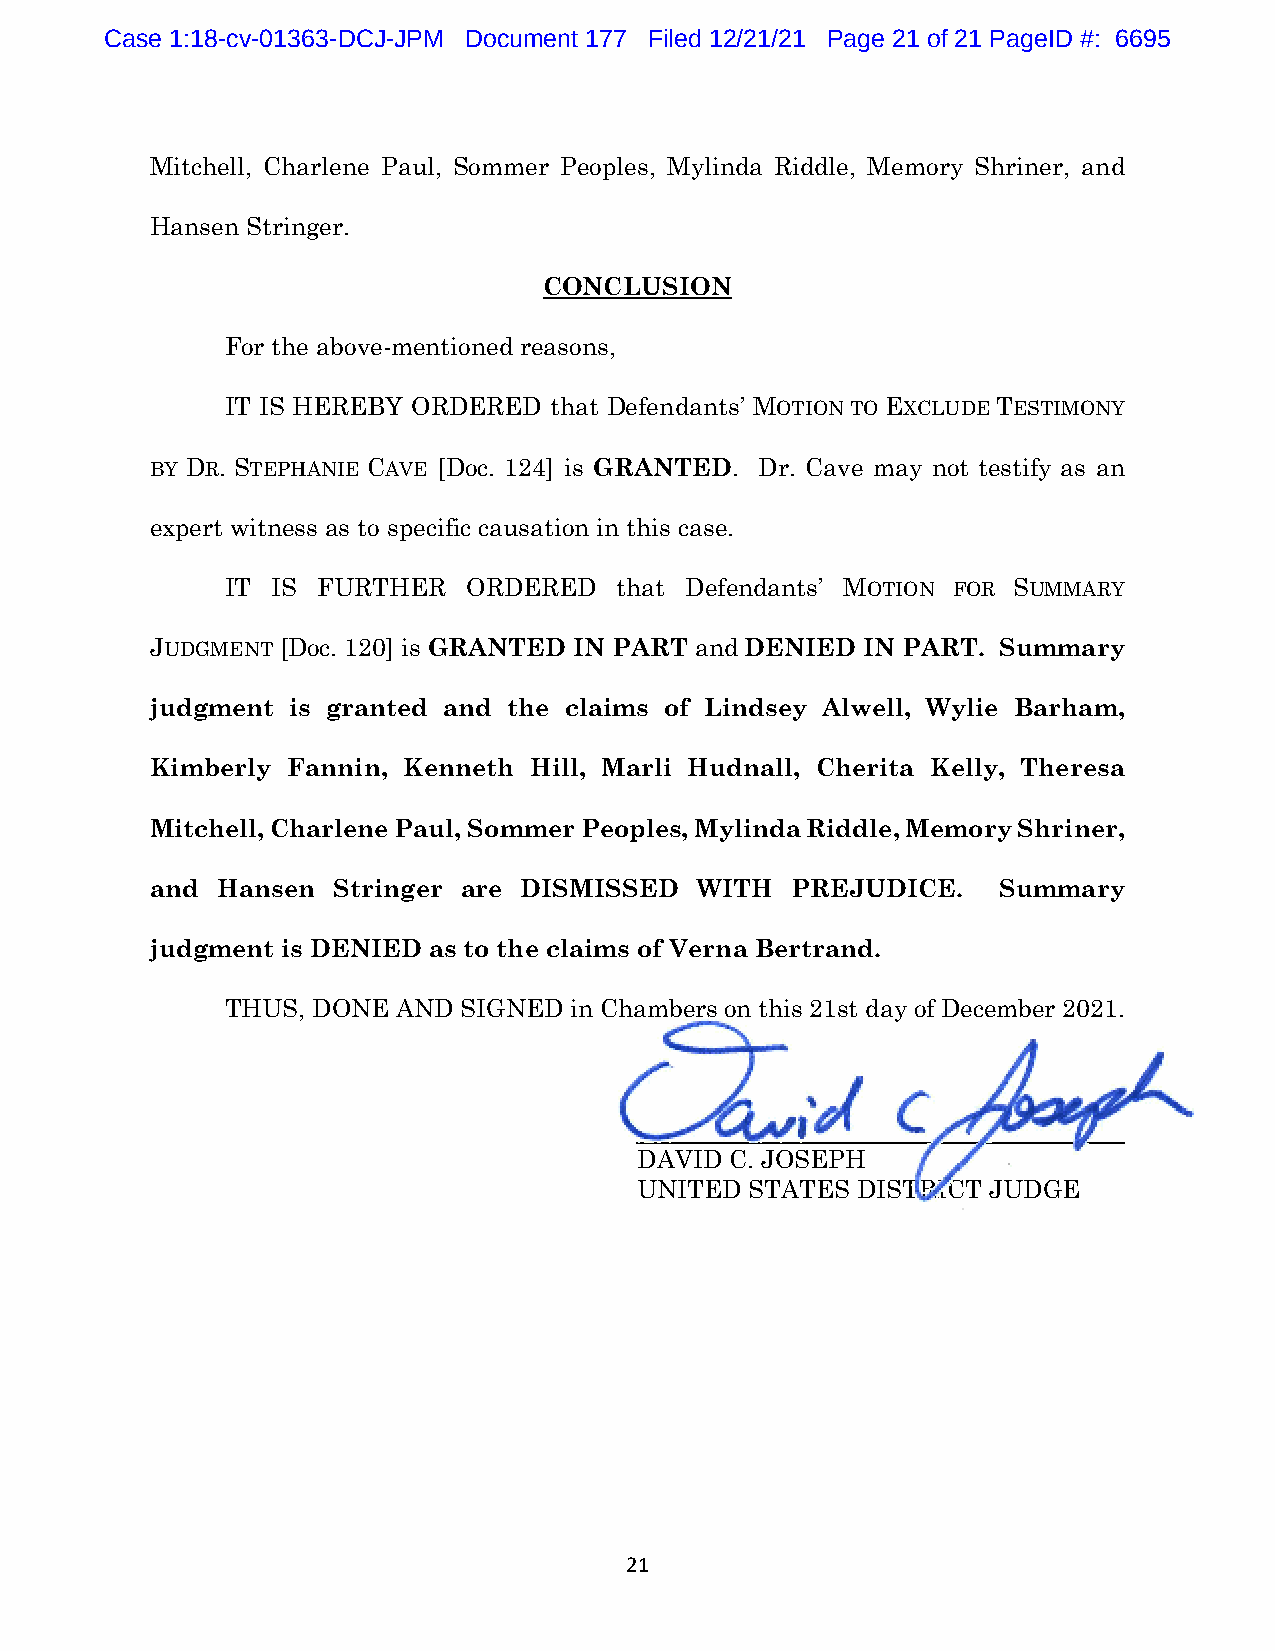
Case 1:18-cv-01363-DCJ-JPM Document 177 Filed 12/21/21 Page 21 of 21 PageID #: 6695
 Mitchell, Charlene Paul, Sommer Peoples, Mylinda Riddle, Memory Shriner, and
 Hansen Stringer.
 CONCLUSION
 For the above-mentioned reasons,
 IT IS HEREBY ORDERED that Defendants’ MOTION TO EXCLUDE TESTIMONY
 BY DR. STEPHANIE CAVE [Doc. 124] is GRANTED. Dr. Cave may not testify as an
 expert witness as to specific causation in this case.
 IT IS FURTHER   ORDERED   that Defendants’ MOTION FOR SUMMARY
 JUDGMENT [Doc. 120] is GRANTED IN PART and DENIED IN PART. Summary
 judgment is granted and the claims of Lindsey Alwell, Wylie Barham,
 Kimberly Fannin, Kenneth Hill, Marli Hudnall, Cherita Kelly, Theresa
 Mitchell, Charlene Paul, Sommer Peoples, Mylinda Riddle, Memory Shriner,
 and Hansen  Stringer are DISMISSED  WITH  PREJUDICE.    Summary
 judgment is DENIED as to the claims of Verna Bertrand.
 THUS, DONE AND SIGNED  in Chambers on this 21st day of December 2021.
 DAVID C. JOSEPH
 UNITED  STATES DISTRICT JUDGE
 21